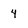
Character: 4